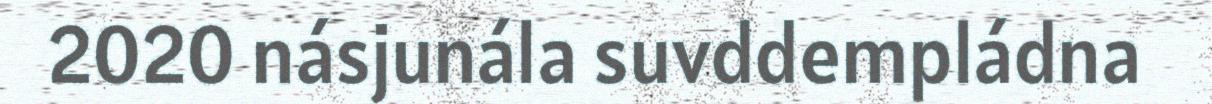
2020 násjunála suvddempládna